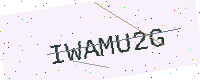
Text: IWAMU2G